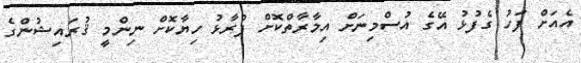
އެއަށް ފަހު ގެފުޅު އޭގެ އުސްމިނަށް އިމާރާތްކޮށް ފުރާޅު ހިޔާކޮށް ނިންމީ ޤުރައިޝުންގެ